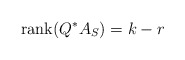
\begin{align*}{\rm rank}(Q^{*}A_S)=k-r\end{align*}